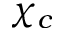
\chi _ { c }